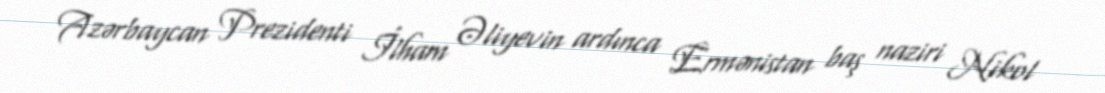
Azərbaycan Prezidenti İlham Əliyevin ardınca Ermənistan baş naziri Nikol